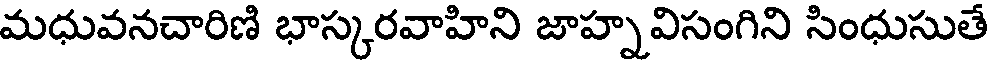
మధువనచారిణి భాస్కరవాహిని జాహ్నవిసంగిని సింధుసుతే